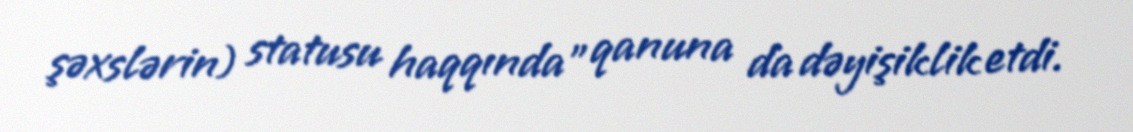
şəxslərin) statusu haqqında” qanuna da dəyişiklik etdi.